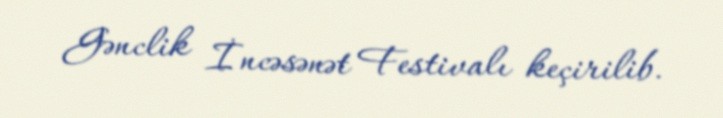
Gənclik İncəsənət Festivalı keçirilib.